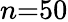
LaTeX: n{=}50